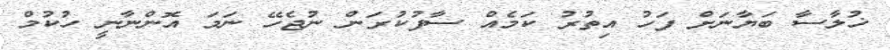
ޚުލާސާ ބަޔާނަށް ފަހު އިތުރު ކަމެއް ސާފުކުރަން ނުޖެހޭ ނަމަ އޮންނާނީ ހުކުމް